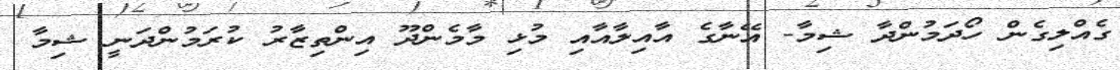
ގެއްލިގެން ހޯދަމުންދާ ޝިމާ- އޭނާގެ އާއިލާއާއި މުޅި މާމެންދޫ އިންތިޒާރު ކުރަމުންދަނީ ޝިމާ